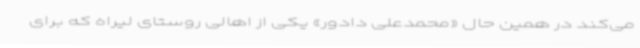
می‌کند در همین حال «محمدعلی دادور» یکی از اهالی روستای لیراه که برای